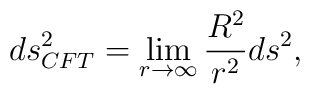
ds_{CFT}^2=\lim_{r \rightarrow \infty}\frac{R^2}{r^2}ds^2 ,